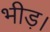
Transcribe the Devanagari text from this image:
भीड़।